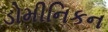
ડોમીનિકન